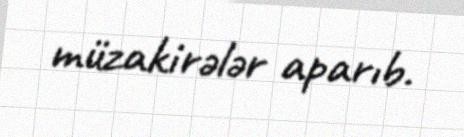
müzakirələr aparıb.